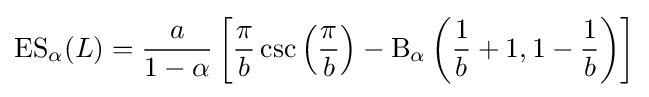
\operatorname {ES} _{\alpha }(L)={\frac {a}{1-\alpha }}\left[{\frac {\pi }{b}}\csc \left({\frac {\pi }{b}}\right)-\mathrm {B} _{\alpha }\left({\frac {1}{b}}+1,1-{\frac {1}{b}}\right)\right]